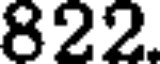
822.